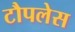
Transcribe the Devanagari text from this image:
टौपलेस